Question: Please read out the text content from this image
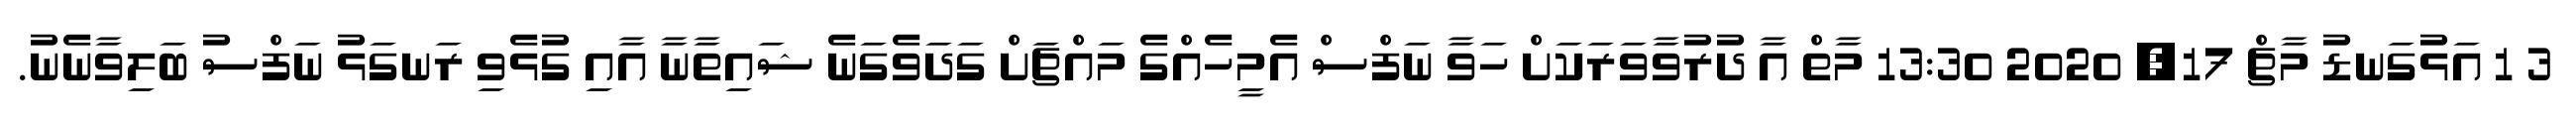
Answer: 3 1 އަޅުގަނޑު މާޗް 17, 2020 13:30 މާތް އާ ދުރުވާވަރަކަށް ހަވާ ނަފްސް އެމީހެއްގެ މައްޗަށް ގަދަވެގަނެ ޝައިތާނާ އާއި ގުޅެވި ރަނގަޅު ނަފްސު ބަލިވާނެނު.